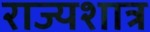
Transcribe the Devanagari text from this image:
राज्यशात्र